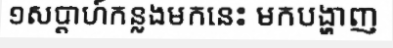
១សប្តាហ៍កន្លងមកនេះ មកបង្ហាញ